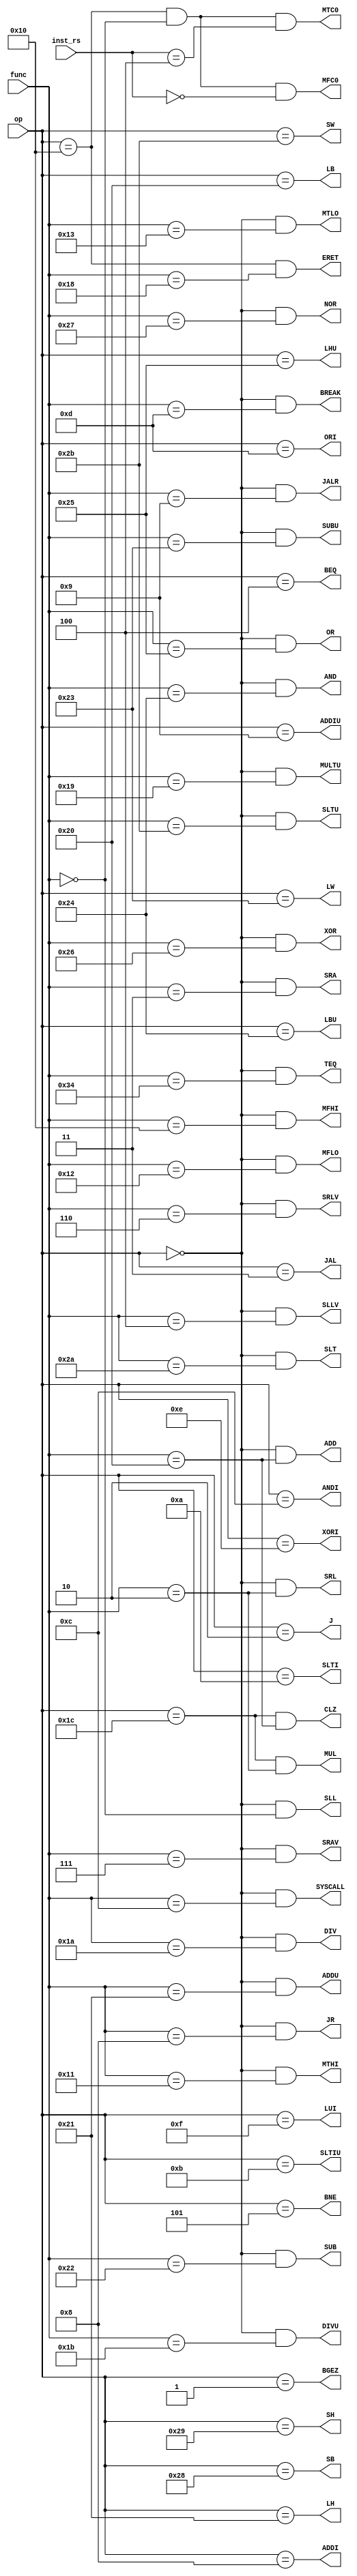
`timescale 1ns / 1ps
//////////////////////////////////////////////////////////////////////////////////
// Company: 
// Engineer: 
// 
// Design Name: 
// Module Name: inst_decoder
// Project Name: 
// Target Devices: 
// Tool Versions: 
// Description: 
// 
// Dependencies: 
// 
// Revision:
// Revision 0.01 - File Created
// Additional Comments:
// 
//////////////////////////////////////////////////////////////////////////////////


module INST_DECODER(
    input [5:0] op,
    input [5:0] func,
    input [4:0] inst_rs,

    output ADD,ADDU,SUB,SUBU,AND,OR,
            XOR,NOR,SLT,SLTU,SLL,SRL,
            SRA,SLLV,SRLV,SRAV,JR,ADDI,
            ADDIU,ANDI,ORI,XORI,LW,SW,
            BEQ,BNE,SLTI,SLTIU,LUI,J,
            JAL,CLZ,DIVU,ERET,JALR,LB,
            LBU,LHU,SB,SH,LH,MFC0,
            MFHI,MFLO,MTC0,MTHI,MTLO,MUL,
            MULTU,SYSCALL,TEQ,BGEZ,BREAK,DIV
    );

            assign ADD   = op == 6'b0 && func == 6'b100000;
            assign ADDU  = op == 6'b0 && func == 6'b100001;
            assign SUB   = op == 6'b0 && func == 6'b100010;
            assign SUBU  = op == 6'b0 && func == 6'b100011;
            assign AND   = op == 6'b0 && func == 6'b100100;
            assign OR    = op == 6'b0 && func == 6'b100101;
             assign XOR   = op == 6'b0 && func == 6'b100110;
             assign NOR   = op == 6'b0 && func == 6'b100111;
             assign SLT   = op == 6'b0 && func == 6'b101010;
             assign SLTU  = op == 6'b0 && func == 6'b101011;
             assign SLL   = op == 6'b0 && func == 6'b000000;
             assign SRL   = op == 6'b0 && func == 6'b000010;
             assign SRA   = op == 6'b0 && func == 6'b000011;
             assign SLLV  = op == 6'b0 && func == 6'b000100;
             assign SRLV  = op == 6'b0 && func == 6'b000110;
             assign SRAV  = op == 6'b0 && func == 6'b000111;
             assign JR    = op == 6'b0 && func == 6'b001000;
             assign ADDI  = op == 6'b001000;
             assign ADDIU = op == 6'b001001;
             assign ANDI  = op == 6'b001100;
             assign ORI   = op == 6'b001101;
             assign XORI  = op == 6'b001110;
             assign LW    = op == 6'b100011;
             assign SW    = op == 6'b101011;
             assign BEQ   = op == 6'b000100;
             assign BNE   = op == 6'b000101;
             assign SLTI  = op == 6'b001010;
             assign SLTIU = op == 6'b001011;
             assign LUI   = op == 6'b001111;
             assign J     = op == 6'b000010;
             assign JAL   = op == 6'b000011;
             assign CLZ   = op == 6'b011100 && func == 6'b100000;
             assign DIVU  = op == 6'b0 && func == 6'b011011;
             assign ERET  = op == 6'b010000 && func == 6'b011000;
             assign JALR  = op == 6'b0 && func == 6'b001001;
             assign LB    = op == 6'b100000;
             assign LBU   = op == 6'b100100;
             assign LHU   = op == 6'b100101;
             assign SB    = op == 6'b101000;
             assign SH    = op == 6'b101001;
             assign LH    = op == 6'b100001;
             assign MFC0  = op == 6'b010000 && func == 6'b0 && inst_rs == 5'b0;
             assign MFHI  = op == 6'b0 && func == 6'b010000;
             assign MFLO  = op == 6'b0 && func == 6'b010010;
             assign MTC0  = op == 6'b010000 && func == 6'b0 && inst_rs == 5'b00100;
             assign MTHI  = op == 6'b0 && func == 6'b010001;
             assign MTLO  = op == 6'b0 && func == 6'b010011;
             assign MUL   = op == 6'b011100 && func == 6'b000010;
             assign MULTU = op == 6'b0 && func == 6'b011001;
             assign SYSCALL=op == 6'b0 && func == 6'b001100;
             assign TEQ   = op == 6'b0 && func == 6'b110100;
             assign BGEZ  = op == 6'b000001;
             assign BREAK = op == 6'b0 && func == 6'b001101;
             assign DIV   = op == 6'b0 && func == 6'b011010;
    
endmodule